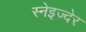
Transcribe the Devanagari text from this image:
स्नेइज्देर